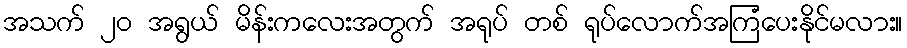
အသက် ၂၀ အရွယ် မိန်းကလေးအတွက် အရုပ် တစ် ရုပ်လောက်အကြံပေးနိုင်မလား။